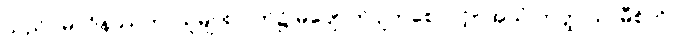
သည်။ မာဝိနဿတု၊ သူများလက်၌ မပျောက်ပျက်စေလင့်။ အယံ တတ္ထ သာမီစိတိ၊